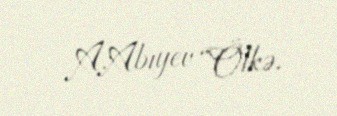
A.Abıyev “Ölkə.